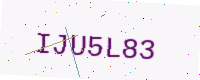
Text: IJU5L83